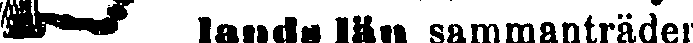
☞ lands län sammanträder